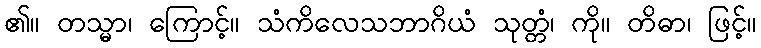
၏။ တသ္မာ၊ ကြောင့်။ သံကိလေသဘာဂိယံ သုတ္တံ၊ ကို။ တိဓာ၊ ဖြင့်။